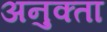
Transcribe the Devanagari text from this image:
अनुक्ता